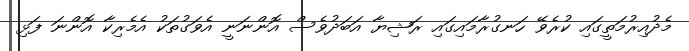
މެދުއިރުމަތީގައި ކުރެވޭ ހަނގުރާމައިގައި ރަޝިޔާ އަބަދުވެސް އޮންނަނީ އެވަގުތަކު އެމެރިކާ އޮންނަ ފަޅި